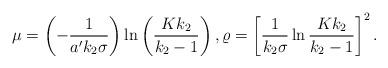
LaTeX: \begin{align*}\begin{aligned}\mu=\left(-\frac{1}{a'k_2\sigma}\right)\ln \left(\frac{Kk_2}{k_2-1}\right), \varrho=\left[\frac{1}{k_2\sigma}\ln \frac{Kk_2}{k_2-1}\right]^{2}.\end{aligned}\end{align*}